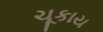
ચૂકાય